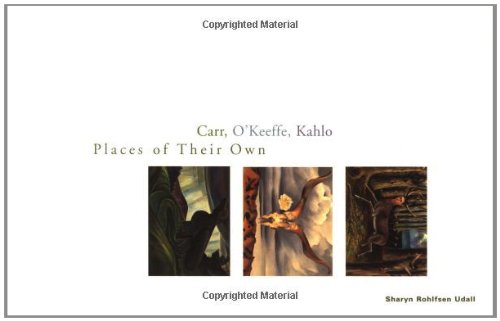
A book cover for Carr, O'Keeffe, Kahlo: Places of Their Own; Sharyn Rohlfsen Udall; Politics & Social Sciences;